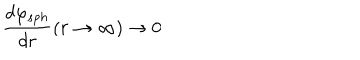
\frac { d \varphi _ { s p h } } { d r } ( r \rightarrow \infty ) \rightarrow 0